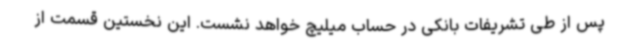
پس از طی تشریفات بانکی در حساب میلیچ خواهد نشست. این نخستین قسمت از